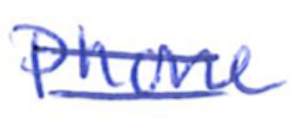
Text: Phone
Cross-out: double-line
Writing tool: ballpoint